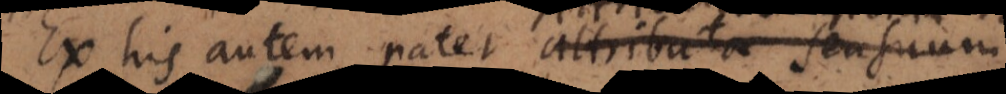
Ex his autem patet attributa sensuum